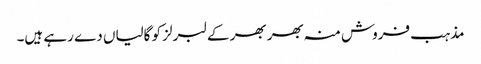
مذہب فروش منہ بھر بھر کے لبرلز کو گالیاں دے رہے ہیں۔